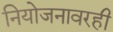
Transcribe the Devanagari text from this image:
नियोजनावरही